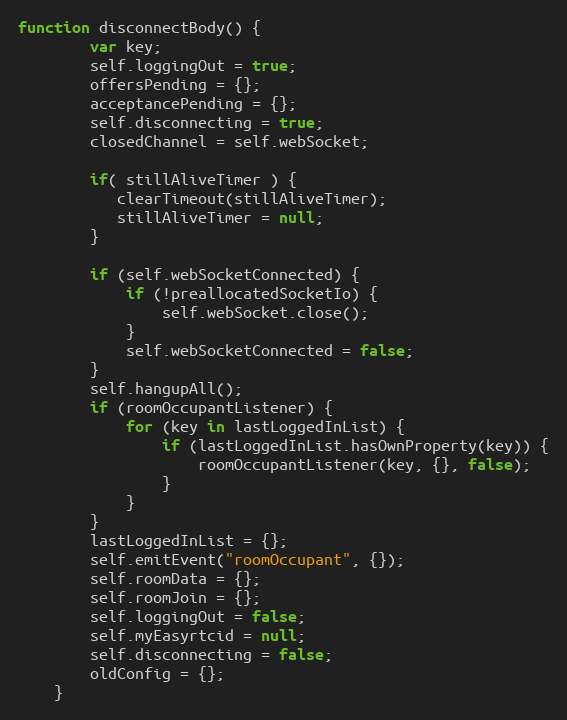
Language: JavaScript
function disconnectBody() {
        var key;
        self.loggingOut = true;
        offersPending = {};
        acceptancePending = {};
        self.disconnecting = true;
        closedChannel = self.webSocket;

        if( stillAliveTimer ) {
           clearTimeout(stillAliveTimer);
           stillAliveTimer = null;
        }

        if (self.webSocketConnected) {
            if (!preallocatedSocketIo) {
                self.webSocket.close();
            }
            self.webSocketConnected = false;
        }
        self.hangupAll();
        if (roomOccupantListener) {
            for (key in lastLoggedInList) {
                if (lastLoggedInList.hasOwnProperty(key)) {
                    roomOccupantListener(key, {}, false);
                }
            }
        }
        lastLoggedInList = {};
        self.emitEvent("roomOccupant", {});
        self.roomData = {};
        self.roomJoin = {};
        self.loggingOut = false;
        self.myEasyrtcid = null;
        self.disconnecting = false;
        oldConfig = {};
    }